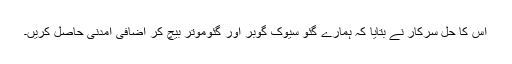
اس کا حل سرکار نے بتایا کہ ہمارے گئو سیوک گوبر اور گئوموتر بیچ کر اضافی آمدنی حاصل کریں۔